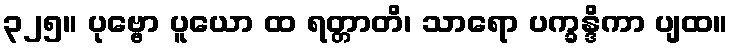
၃၂၅။ ပုဗ္ဗော ပူယော ထ ရတ္တာတိ၊ သာရော ပက္ခန္ဒိကာ ပျထ။